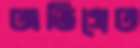
অভিপ্রেত